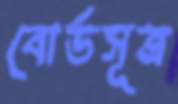
বোর্ডসূত্র